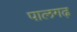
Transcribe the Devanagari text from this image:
पालगढ़